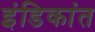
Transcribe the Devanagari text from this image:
इंडिकांत